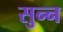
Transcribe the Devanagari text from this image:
सुन्‍न